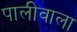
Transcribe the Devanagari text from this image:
पालीवाला